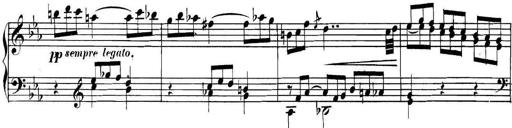
Title: Collected Piano Sonatas
Composer: Muzio Clementi